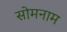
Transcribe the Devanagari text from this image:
सोमनाम